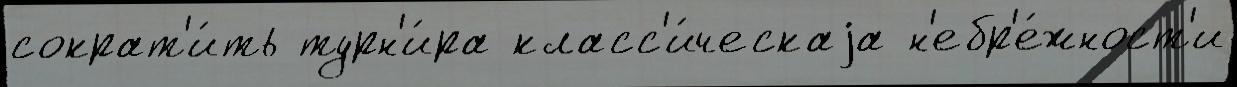
сократ'и́ть турн'и́ра класс'и́ческаjа н'ебр'е́жност'и